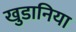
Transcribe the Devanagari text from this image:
खुडानिया